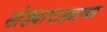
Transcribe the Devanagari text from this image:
खेड्यापाड्याच्या